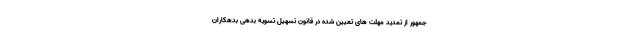
جمهور از تمدید مهلت های تعیین شده در قانون تسهیل تسویه بدهی بدهکاران